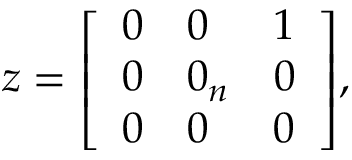
z = { \left[ \begin{array} { l l l } { 0 } & { 0 } & { 1 } \\ { 0 } & { 0 _ { n } } & { 0 } \\ { 0 } & { 0 } & { 0 } \end{array} \right] } ,